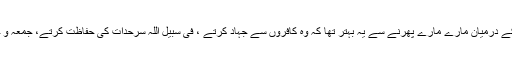
اگر وہ زندہ ہوتے تو جنگلوں میں حوش وطیور کے درمیان مارے مارے پھرنے سے یہ بہتر تھا کہ وہ کافروں سے جہاد کرتے ، فی سبیل اللہ سرحدات کی حفاظت کرتے، جمعہ و جماعات میں شریک ہوتے اور علم دین سکھاتے۔